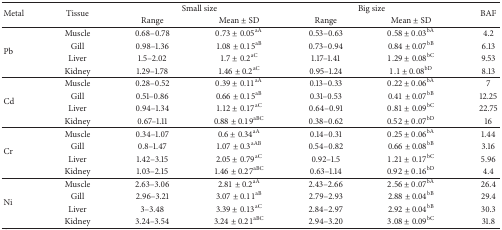
<table><thead><tr><td rowspan="2"><b>Metal</b></td><td rowspan="2"><b>Tissue</b></td><td colspan="2"><b>Small size</b></td><td colspan="2"><b>Big size</b></td><td rowspan="2"><b>BAF</b></td></tr><tr><td><b>Range</b></td><td><b>Mean ± SD</b></td><td><b>Range</b></td><td><b>Mean ± SD</b></td></tr></thead><tbody><tr><td rowspan="4">Pb</td><td>Muscle</td><td>0.68–0.78</td><td>0.73 ± 0.05<sup>aA</sup></td><td>0.53–0.63</td><td>0.58 ± 0.03<sup>bA</sup></td><td>4.2</td></tr><tr><td>Gill</td><td>0.98–1.36</td><td>1.08 ± 0.15<sup>aB</sup></td><td>0.73–0.94</td><td>0.84 ± 0.07<sup>bB</sup></td><td>6.13</td></tr><tr><td>Liver</td><td>1.5–2.02</td><td>1.7 ± 0.2<sup>aC</sup></td><td>1.17–1.41</td><td>1.29 ± 0.08<sup>bC</sup></td><td>9.53</td></tr><tr><td>Kidney</td><td>1.29–1.78</td><td>1.46 ± 0.2<sup>aC</sup></td><td>0.95–1.24</td><td>1.1 ± 0.08<sup>bD</sup></td><td>8.13</td></tr><tr><td rowspan="4">Cd</td><td>Muscle</td><td>0.28–0.52 </td><td>0.39 ± 0.11<sup>aA</sup></td><td>0.13–0.33 </td><td>0.22 ± 0.06<sup>bA</sup></td><td>7</td></tr><tr><td>Gill</td><td>0.51–0.86</td><td>0.66 ± 0.15<sup>aB</sup></td><td>0.31–0.53</td><td>0.41 ± 0.07<sup>bB</sup></td><td>12.25</td></tr><tr><td>Liver</td><td>0.94–1.34</td><td>1.12 ± 0.17<sup>aC</sup></td><td>0.64–0.91</td><td>0.81 ± 0.09<sup>bC</sup></td><td>22.75</td></tr><tr><td>Kidney</td><td>0.67–1.11</td><td>0.88 ± 0.19<sup>aBC</sup></td><td>0.38–0.62</td><td>0.52 ± 0.07<sup>bD</sup></td><td>16</td></tr><tr><td rowspan="4">Cr</td><td>Muscle</td><td>0.34–1.07</td><td>0.6 ± 0.34<sup>aA</sup></td><td>0.14–0.31</td><td>0.25 ± 0.06<sup>bA</sup></td><td>1.44</td></tr><tr><td>Gill</td><td>0.8–1.47</td><td>1.07 ± 0.3<sup>aAB</sup></td><td>0.54–0.82</td><td>0.66 ± 0.08<sup>bB</sup></td><td>3.16</td></tr><tr><td>Liver</td><td>1.42–3.15</td><td>2.05 ± 0.79<sup>aC</sup></td><td>0.92–1.5</td><td>1.21 ± 0.17<sup>bC</sup></td><td>5.96</td></tr><tr><td>Kidney</td><td>1.03–2.15</td><td>1.46 ± 0.27<sup>aBC</sup></td><td>0.63–1.14</td><td>0.92 ± 0.16<sup>bD</sup></td><td>4.4</td></tr><tr><td rowspan="4">Ni</td><td>Muscle</td><td>2.63–3.06</td><td>2.81 ± 0.2<sup>aA</sup></td><td>2.43–2.66</td><td>2.56 ± 0.07<sup>bA</sup></td><td>26.4</td></tr><tr><td>Gill</td><td>2.96–3.21</td><td>3.07 ± 0.11<sup>aB</sup></td><td>2.79–2.93</td><td>2.88 ± 0.04<sup>bB</sup></td><td>29.4</td></tr><tr><td>Liver</td><td>3–3.48</td><td>3.39 ± 0.13<sup>aC</sup></td><td>2.84–2.97</td><td>2.92 ± 0.04<sup>bB</sup></td><td>30.3</td></tr><tr><td>Kidney</td><td>3.24–3.54</td><td>3.24 ± 0.21<sup>aBC</sup></td><td>2.94–3.20</td><td>3.08 ± 0.09<sup>bC</sup></td><td>31.8</td></tr></tbody></table>